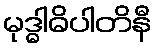
မုဒ္ဓါဓိပါတိနီ